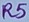
Text: R5